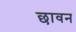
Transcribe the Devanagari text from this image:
छावन